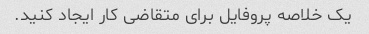
یک خلاصه پروفایل برای متقاضی کار ایجاد کنید.